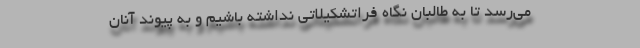
می‌رسد تا به طالبان نگاه فراتشکیلاتی نداشته باشیم و به پیوند آنان